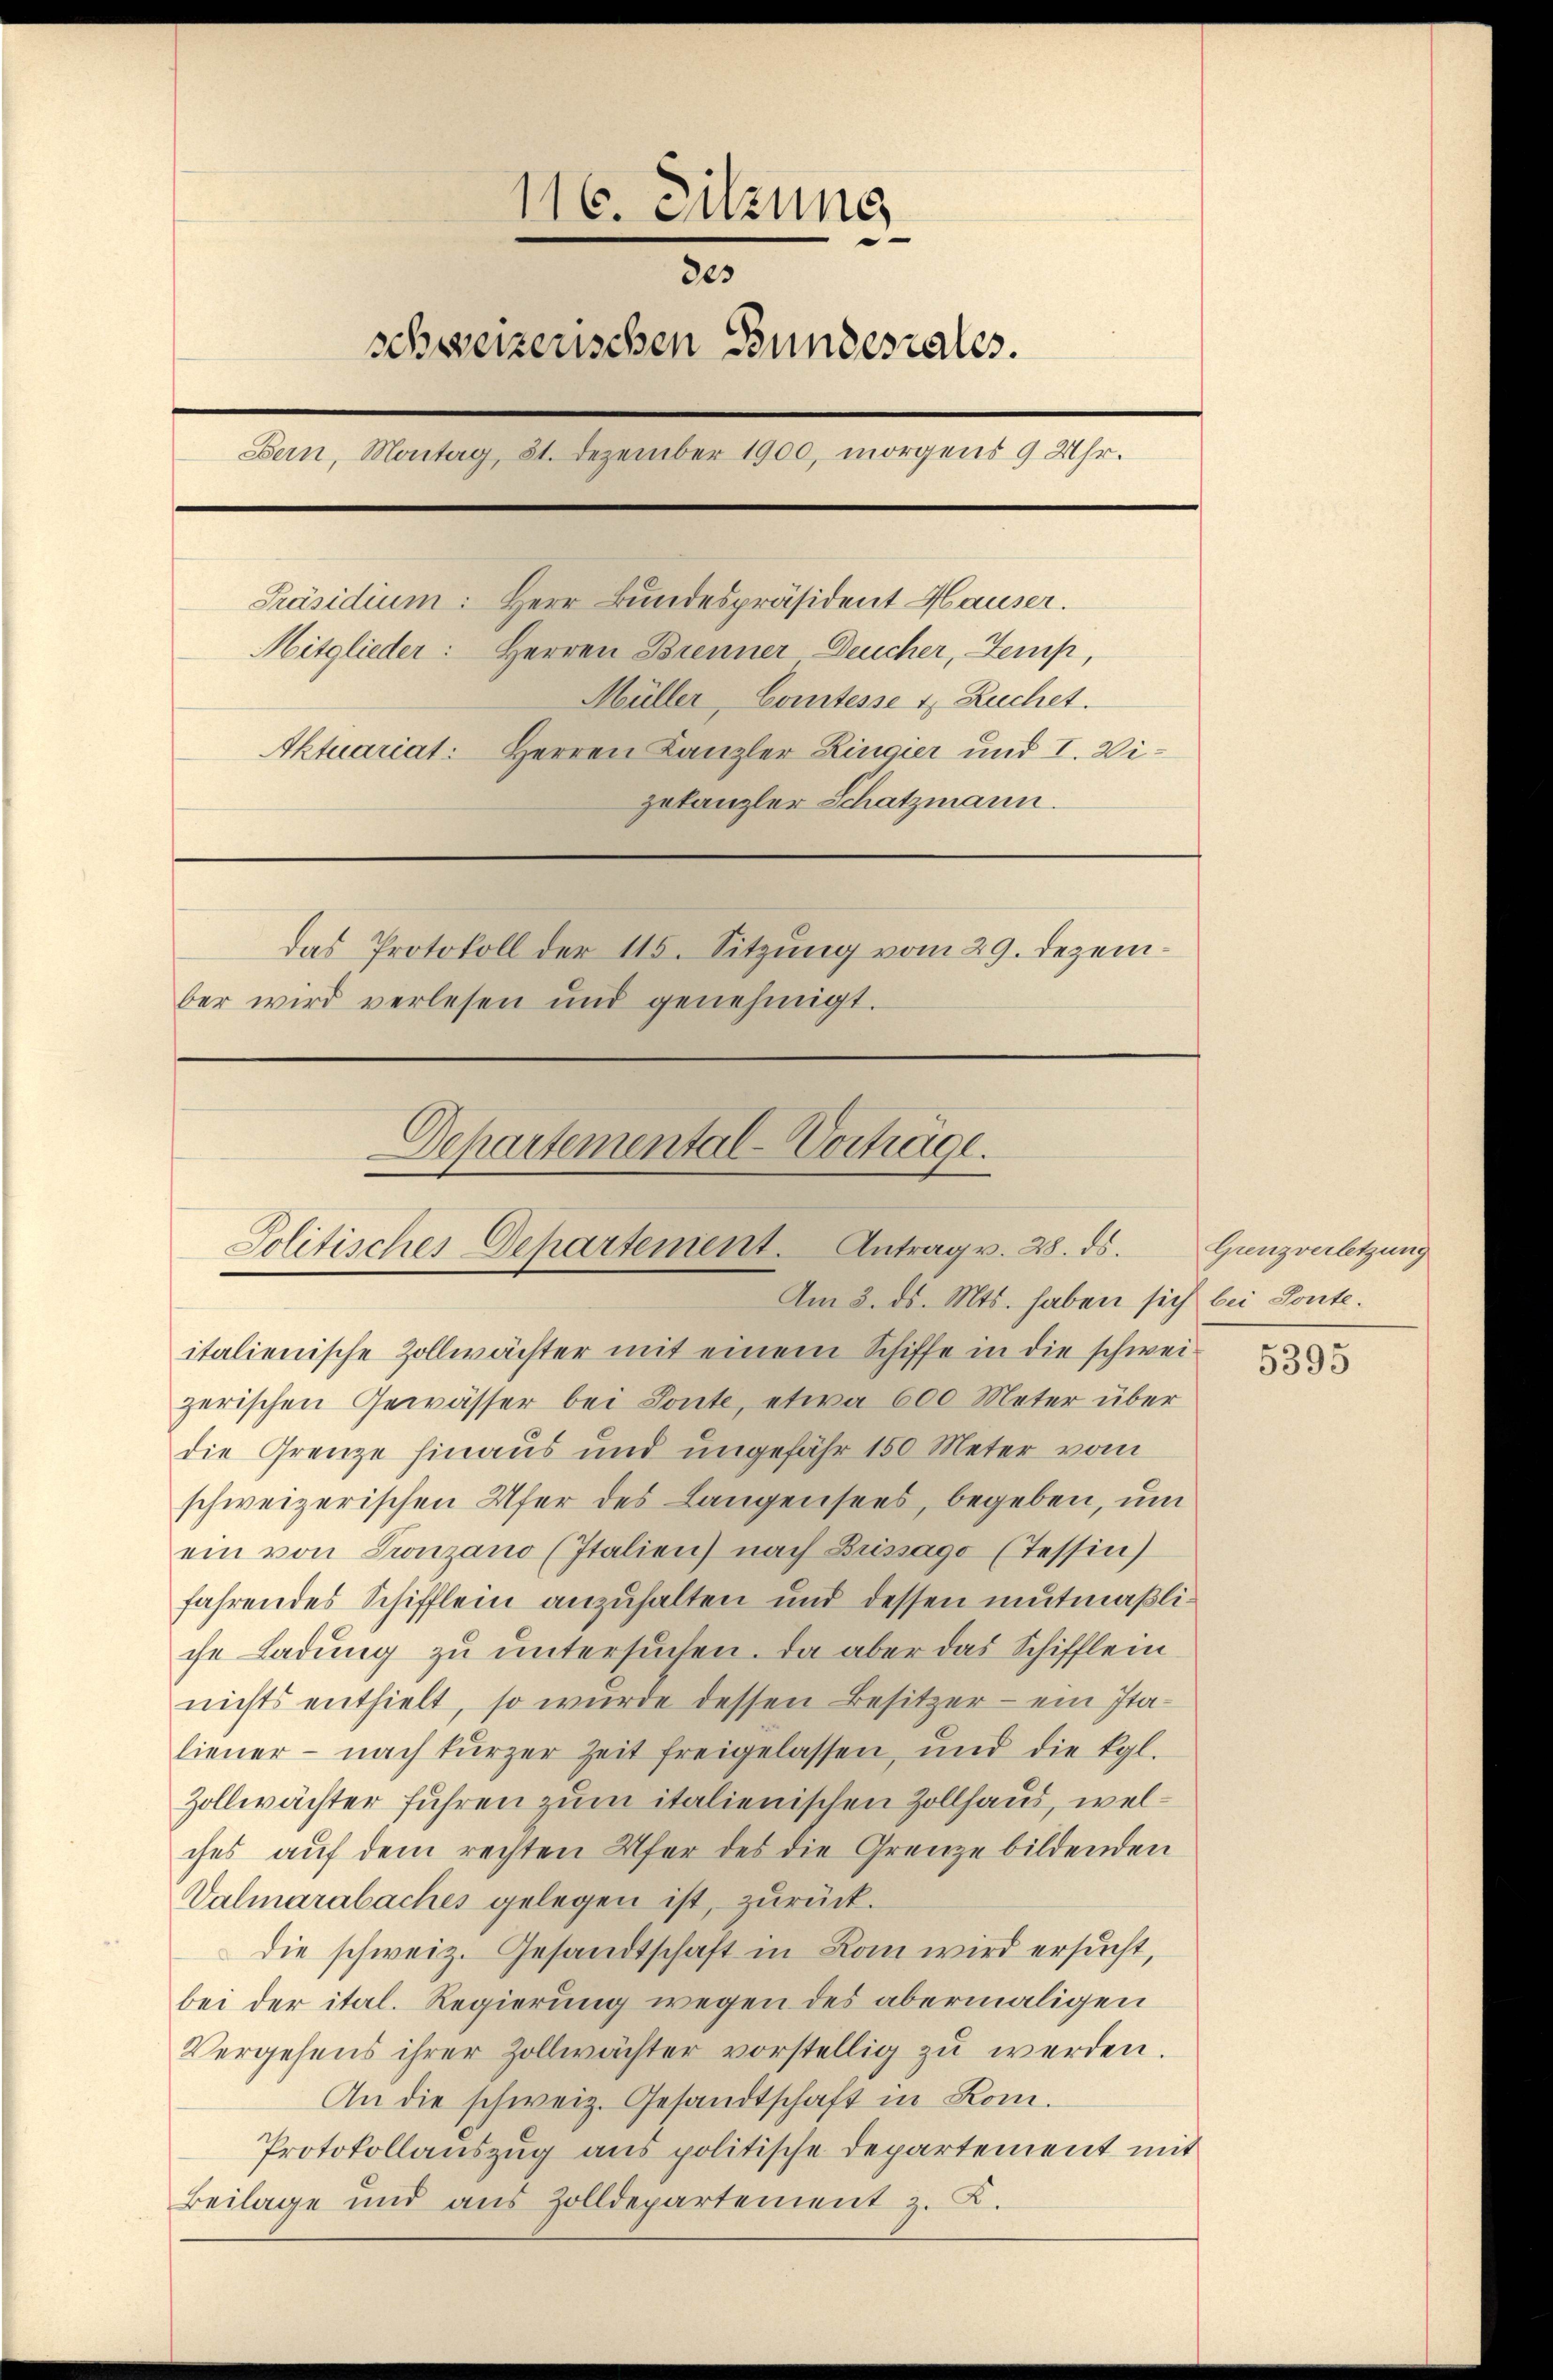
116. Sitzung
des
schweizerischen Bundesrates.
Bern, Montag, 81. Dezember 1900, morgens 9 Uhr.
Präsidium: Herr Bundespräsident Hauser.
Mitglieder:
Herren Brenner Deucher, Zemp,
Müller, Comtesse u. Ruchet.
Aktuariat: Herren Kanzler Ringier und I. Wigetanzler Schatzmann.
das Protokoll der 115. Sitzung vom 29. Dezember wird verlesen und genehmigt.

Departemental-Vorträge.
Politischer Departement. Antrag v. 28. ds.

Am 2. ds. Mts. haben sich bei Ponte.
italienische Zollwächter mit einem Schiffe in die schwei-
zerischen Gewässer bei Ponte, etwa 600 Meter über
die Grenze hinaus und ungefähr 150 Meter vom
schweizerischen Ufer des Langensees, begeben, um
ein von Tronzano (Italien) nach Brissago (Tessin)
fahrendes Schifflein anzuhalten und dessen mutmaßliche Ladung zu untersuchen. Da aber das Schifflein
nichts enthielt, so wurde dessen Besitzer - ein Italiener - nach kurzer Zeit freigelassen, und die Kgl.
Zollwächter fuhren zum italienischen Zollhaus, welches auf dem rechten Ufer des die Grenze bildenden
Valmarabaches gelegen ist, zurück.
die schweiz. Gesandtschaft in Kann wird ersucht,
bei der ital. Regierung wegen des abermaligen
Vergehens ihrer Zollwächter vorstellig zŭ werden.
An die schweiz. Gesandtschaft in Rom.
Protokollauszug aus politische Departement mit
Beilage und aus Zolldepartement z. K.

Grenzverletzung

5395